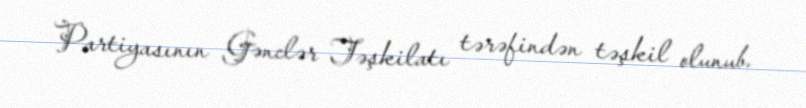
Partiyasının Gənclər Təşkilatı tərəfindən təşkil olunub.